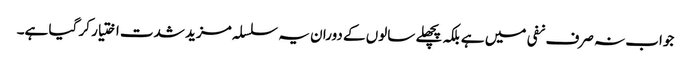
جواب نہ صرف نفی میں ہے بلکہ پچھلے سالوں کے دوران یہ سلسلہ مزید شدت اختیار کر گیا ہے۔